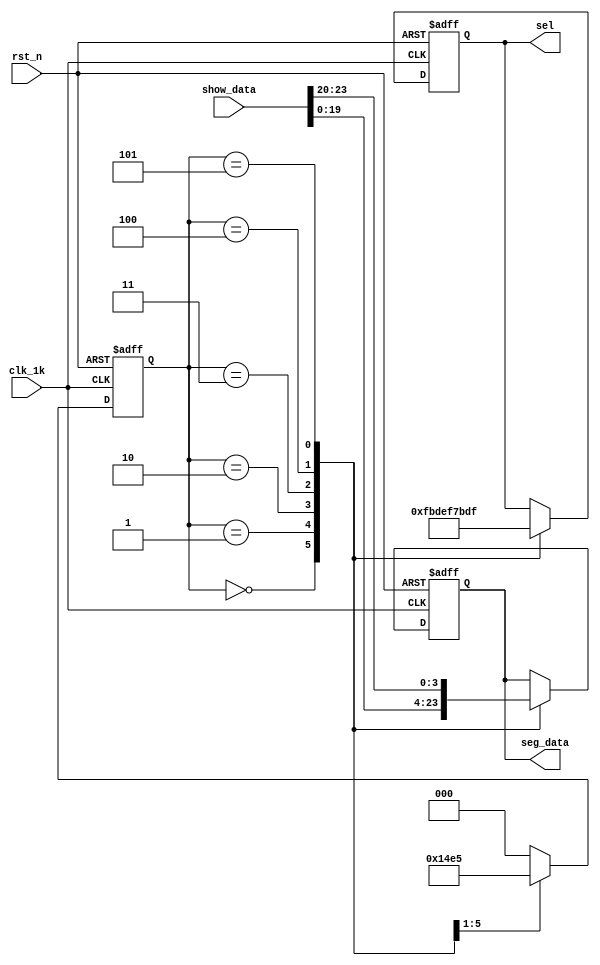
module sel_code (clk_1k, rst_n, show_data, sel, seg_data);

   input rst_n;
	input [23:0] show_data;
	input clk_1k;
	
   output reg[5:0] sel;
   output reg[3:0] seg_data;
	
	reg [2:0] state;
	
	always @(posedge clk_1k or negedge rst_n)
	   begin
		   if (!rst_n)
		     begin
			  state <= 3'd0;
			  sel <= 64;
			  seg_data <= 0;
			  end
			else
	        begin
			    case (state)
				     0 : begin
					        seg_data <= show_data[19:16 ];
							  sel <= 6'b111110;
							  state <= 3'd1;
		               end
					  1 : begin
					        seg_data <= show_data[15:12];
							  sel <= 6'b111101;
							  state <= 3'd2;
							end
					  2 : begin
					        seg_data <= show_data[11:8];
							  sel <= 6'b111011;
							  state <= 3'd3;
							end 
					  3 : begin
					        seg_data <= show_data[7:4];
							  sel <= 6'b110111;
							  state <= 3'd4;
						   end  
			        4 : begin
					        seg_data <= show_data[3:0];
							  sel <= 6'b101111;
							  state <= 3'd5;
						   end  
			        5 : begin
					        seg_data <= show_data[23:20];
							  sel <= 6'b011111;
							  state <= 3'd0;
							 end

		           default : state <= 0;
		       endcase
		end

    end
	 
endmodule